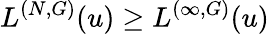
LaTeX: L^{(N,G)}(u)\ge L^{(\infty,G)}(u)